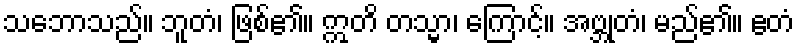
သဘောသည်။ ဘူတံ၊ ဖြစ်၏။ ဣတိ တသ္မာ၊ ကြောင့်။ အဗ္ဘုတံ၊ မည်၏။ ဧတံ